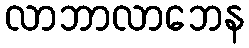
လာဘာလာဘေန